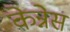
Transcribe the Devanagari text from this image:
केन्नेस